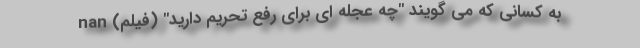
به کسانی که می گویند "چه عجله ای برای رفع تحریم دارید" (فیلم) nan